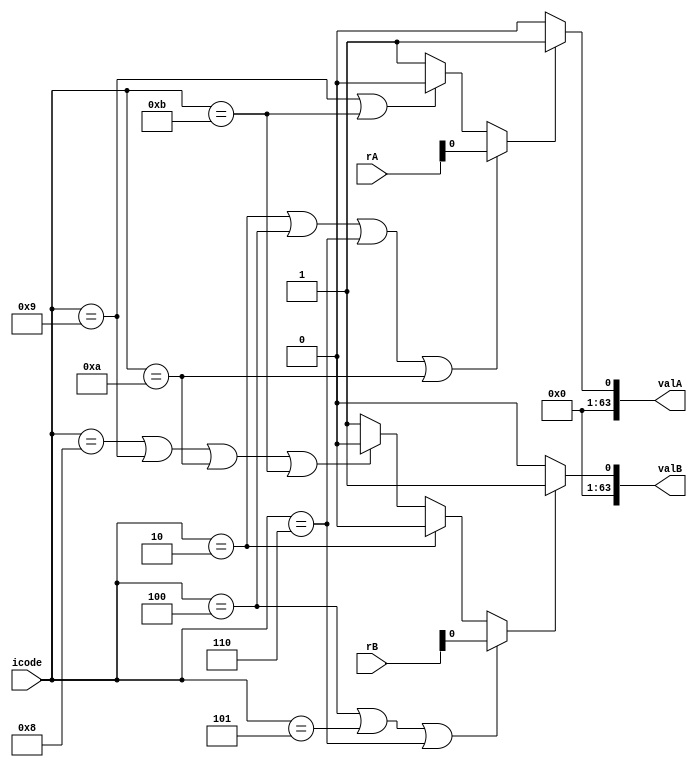
module Decode(valA, valB, rA, rB, icode);

input [3:0] rA, rB, icode;
output wire [63:0] valA, valB;

reg [63:0] rax, rcx, rdx, rbx, rsp, rbp, rsi, rdi, r8, r9, r10, r11, r12, r13, r14;

initial begin
    rax = 64'b0000;
    rcx = 64'b0001;
    rdx = 64'b0010;
    rbx = 64'b0011;
    rsp = 64'b0100;
    rbp = 64'b0101;
    rsi = 64'b0110;
    rdi = 64'b0111;
    r8  = 64'b1000;
    r9  = 64'b1001;
    r10 = 64'b1010;
    r11 = 64'b1011;
    r12 = 64'b1100;
    r13 = 64'b1101;
    r14 = 64'b1110;
end

assign srcA = (icode == 4'b0010 || icode == 4'b0100 || icode == 4'b0110 || icode == 4'b1010) ? rA :
              (icode == 4'b1001 || icode == 4'b1011) ? 4'b0100 : 4'b1111;

assign srcB = (icode == 4'b0100 || icode == 4'b0101 || icode == 4'b0110) ? rB :
              (icode == 4'b0010) ? 4'b0000 :
              (icode == 4'b1000 || icode == 4'b1001 || icode == 4'b1010 || icode == 4'b1011) ? 4'b0100 : 4'b1111;

assign valA = (srcA == 4'b0000) ? rax :
              (srcA == 4'b0001) ? rcx :
              (srcA == 4'b0010) ? rdx :
              (srcA == 4'b0011) ? rbx :
              (srcA == 4'b0100) ? rsp :
              (srcA == 4'b0101) ? rbp :
              (srcA == 4'b0110) ? rsi :
              (srcA == 4'b0111) ? rdi :
              (srcA == 4'b1000) ? r8 :
              (srcA == 4'b1001) ? r9 :
              (srcA == 4'b1010) ? r10 :
              (srcA == 4'b1011) ? r11 :
              (srcA == 4'b1100) ? r12 :
              (srcA == 4'b1101) ? r13 :
              (srcA == 4'b1110) ? r14 : 64'b0;

assign valB = (srcB == 4'b0000) ? rax :
              (srcB == 4'b0001) ? rcx :
              (srcB == 4'b0010) ? rdx :
              (srcB == 4'b0011) ? rbx :
              (srcB == 4'b0100) ? rsp :
              (srcB == 4'b0101) ? rbp :
              (srcB == 4'b0110) ? rsi :
              (srcB == 4'b0111) ? rdi :
              (srcB == 4'b1000) ? r8 :
              (srcB == 4'b1001) ? r9 :
              (srcB == 4'b1010) ? r10 :
              (srcB == 4'b1011) ? r11 :
              (srcB == 4'b1100) ? r12 :
              (srcB == 4'b1101) ? r13 :
              (srcB == 4'b1110) ? r14 : 64'b0;

endmodule